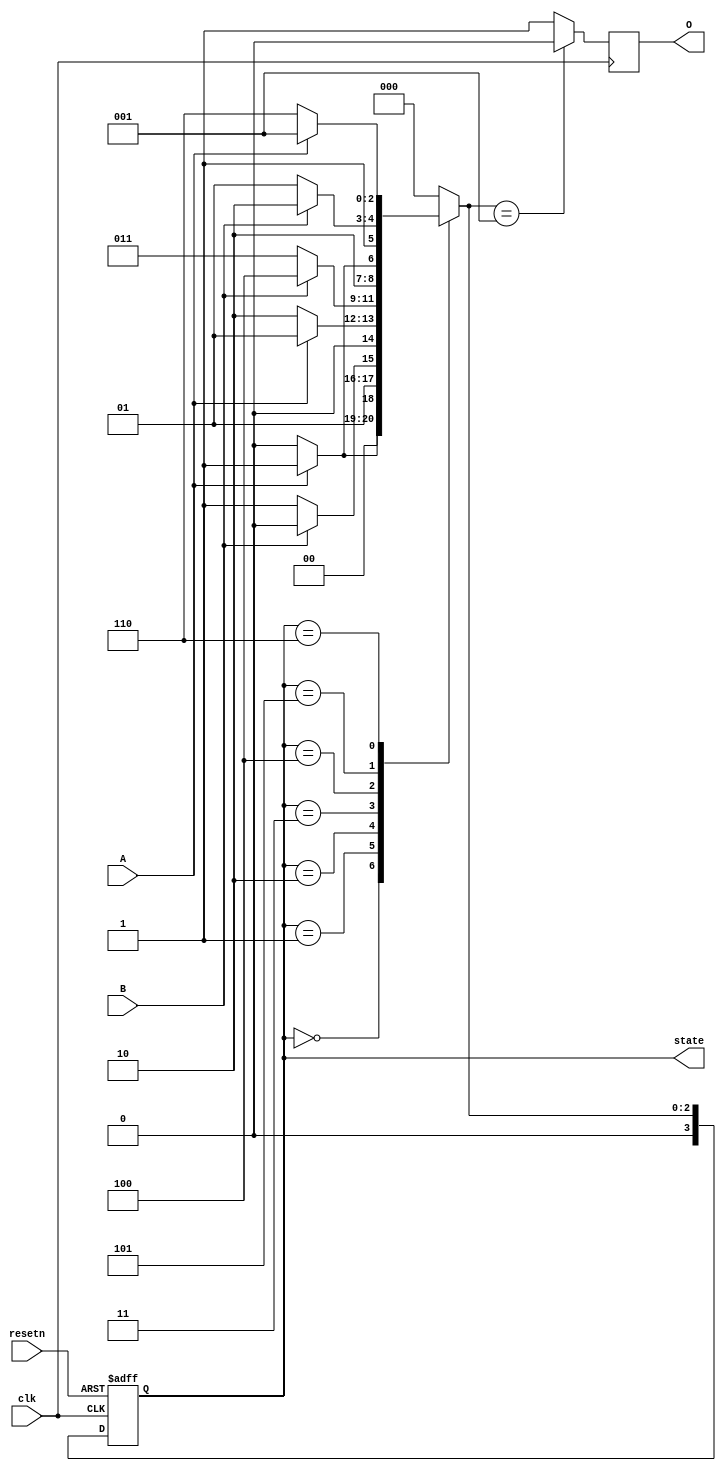
module ABRO_StateMachine (
  input clk,
  input resetn,
  input A,
  input B,
  output reg O,
  output reg [3:0] state
);
  // Internal signals
  reg [3:0] next_state;

  // State machine definition
  always @(posedge clk or negedge resetn)
  begin
    if (!resetn)
      state <= 4'b0000;
    else
      state <= next_state;
  end

  // Next state logic
  always @(*)
  begin
    case (state)
      4'b0000: next_state = A ? 4'b0001 : 4'b0000;
      4'b0001: next_state = B ? 4'b0010 : 4'b0011;
      4'b0010: next_state = A ? 4'b0001 : 4'b0010;
      4'b0011: next_state = B ? 4'b0100 : 4'b0011;
      4'b0100: next_state = A ? 4'b0101 : 4'b0100;
      4'b0101: next_state = B ? 4'b0110 : 4'b0101;
      4'b0110: next_state = A ? 4'b0001 : 4'b0110;
      default: next_state = 4'b0000;
    endcase
  end

  // Output logic
  always @(posedge clk)
  begin
    case (next_state)
      4'b0001: O <= 1'b0;
      default: O <= 1'b1;
    endcase
  end
endmodule